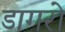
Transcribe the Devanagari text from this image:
डागरो